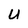
Character: U